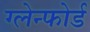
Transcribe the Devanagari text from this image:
ग्लेन्फोर्ड